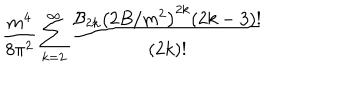
LaTeX: { \frac { m ^ { 4 } } { 8 \pi ^ { 2 } } } \sum _ { k = 2 } ^ { \infty } { \frac { { \cal B } _ { 2 k } \left( 2 B / m ^ { 2 } \right) ^ { 2 k } ( 2 k - 3 ) ! } { ( 2 k ) ! } }